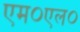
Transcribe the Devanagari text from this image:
एम०एल०